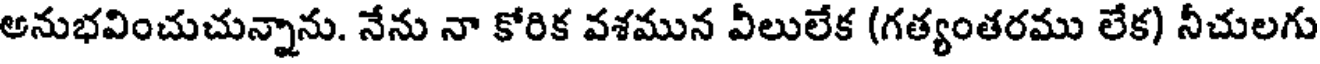
అనుభవించుచున్నాను. నేను నా కోరిక వశమున వీలులేక (గత్యంతరము లేక) నీచులగు